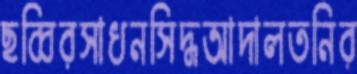
ছব্বিরসাধনসিদ্ধআদালতনির